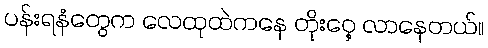
ပန်းရနံတွေက လေထုထဲကနေ တိုးဝှေ့ လာနေတယ်။